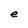
Character: e